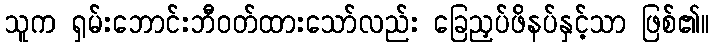
သူက ရှမ်းဘောင်းဘီဝတ်ထားသော်လည်း ခြေညှပ်ဖိနပ်နှင့်သာ ဖြစ်၏။